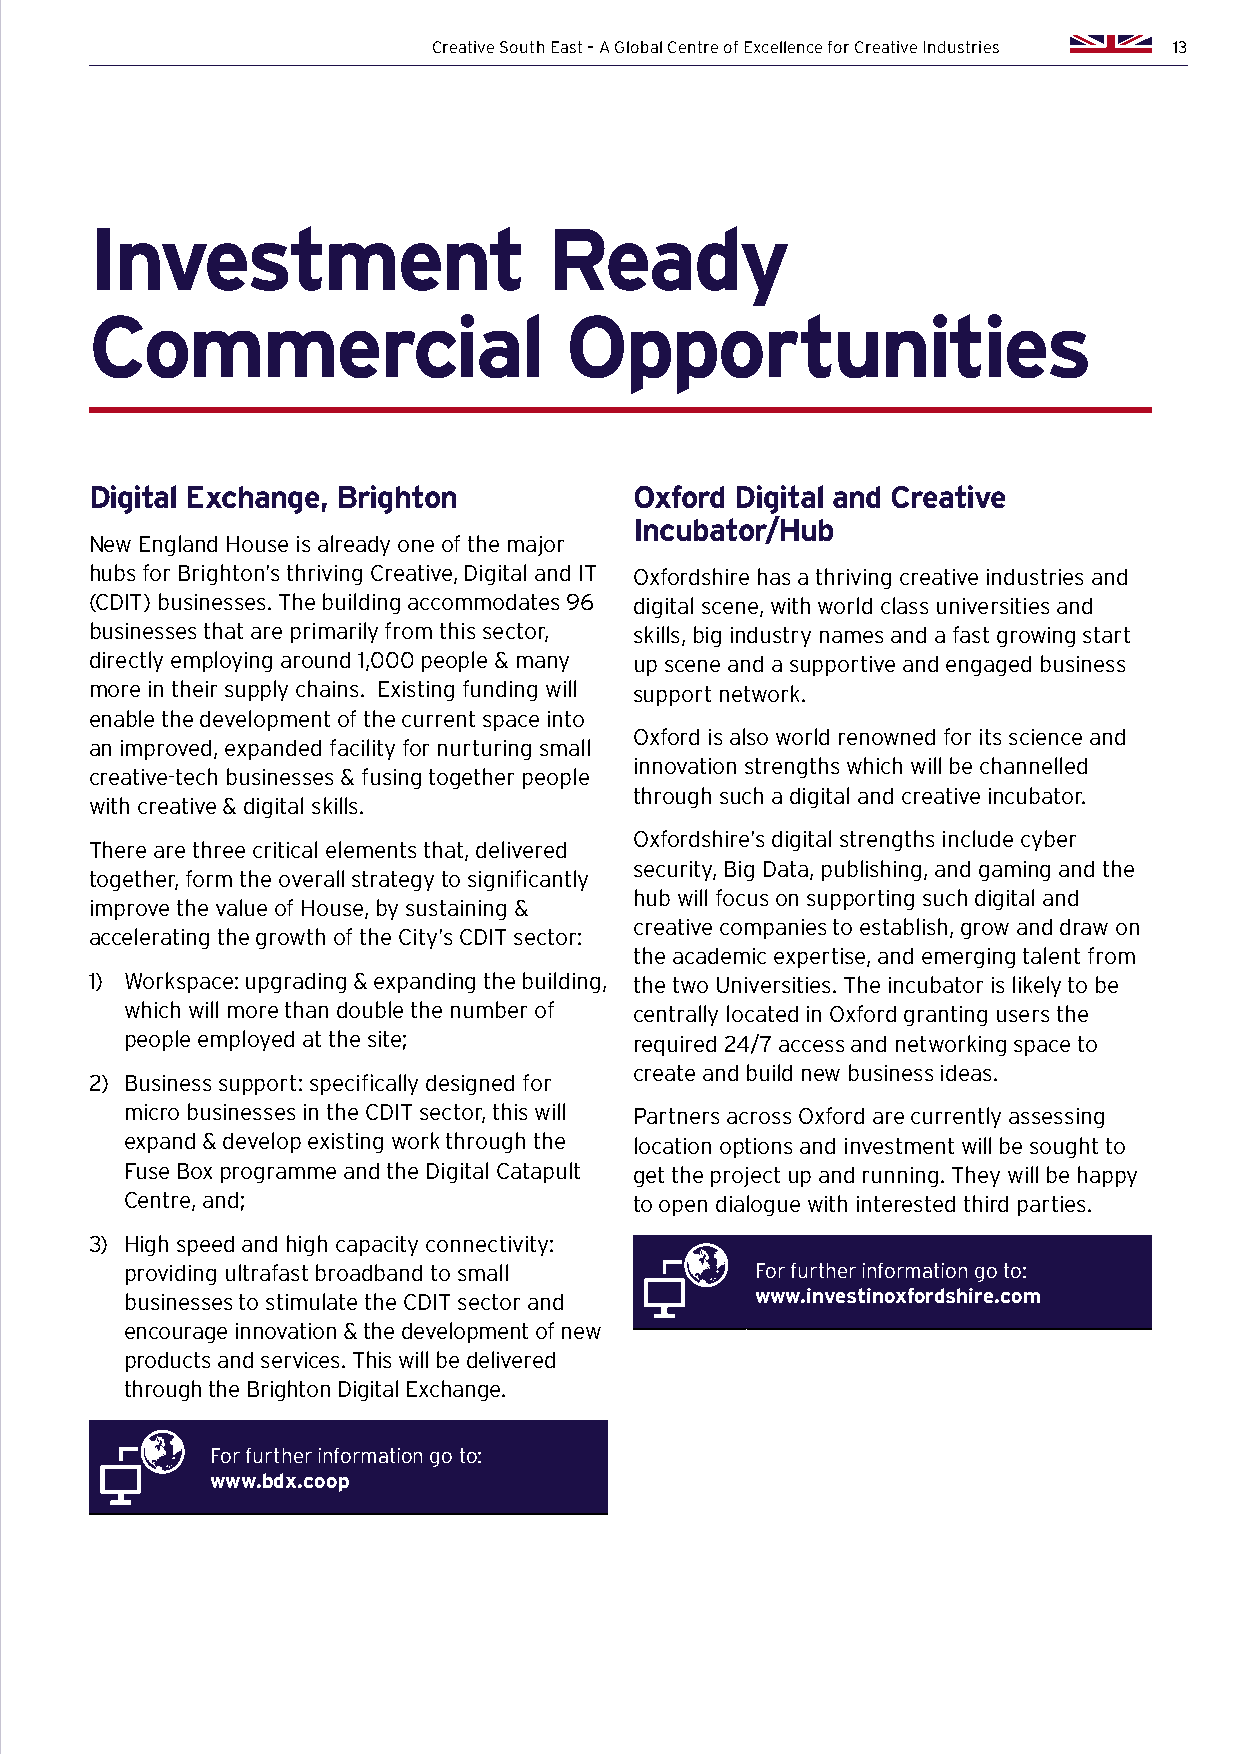
Creative South East – A Global Centre of Excellence for Creative Industries 13
 Investment                    Ready
 Commercial                     Opportunities
 Digital Exchange, Brighton          Oxford Digital and Creative
 Incubator/Hub
 New England House is already one of the major
 hubs for Brighton’s thriving Creative, Digital and IT Oxfordshire has a thriving creative industries and
 (CDIT) businesses. The building accommodates 96 digital scene, with world class universities and
 businesses that are primarily from this sector, skills, big industry names and a fast growing start
 directly employing around 1,000 people & many up scene and a supportive and engaged business
 more in their supply chains. Existing funding will support network.
 enable the development of the current space into
 Oxford is also world renowned for its science and
 an improved, expanded facility for nurturing small
 innovation strengths which will be channelled
 creative-tech businesses & fusing together people
 through such a digital and creative incubator.
 with creative & digital skills.
 Oxfordshire’s digital strengths include cyber
 There are three critical elements that, delivered
 security, Big Data, publishing, and gaming and the
 together, form the overall strategy to significantly
 hub will focus on supporting such digital and
 improve the value of House, by sustaining &
 creative companies to establish, grow and draw on
 accelerating the growth of the City’s CDIT sector:
 the academic expertise, and emerging talent from
 1) Workspace: upgrading & expanding the building, the two Universities. The incubator is likely to be
 which will more than double the number of centrally located in Oxford granting users the
 people employed at the site;      required 24/7 access and networking space to
 create and build new business ideas.
 2) Business support: specifically designed for
 micro businesses in the CDIT sector, this will Partners across Oxford are currently assessing
 expand & develop existing work through the location options and investment will be sought to
 Fuse Box programme and the Digital Catapult get the project up and running. They will be happy
 Centre, and;                      to open dialogue with interested third parties.
 3) High speed and high capacity connectivity:
 providing ultrafast broadband to small    For further information go to:
 businesses to stimulate the CDIT sector and www.investinoxfordshire.com
 encourage innovation & the development of new
 products and services. This will be delivered
 through the Brighton Digital Exchange.
 For further information go to:
 www.bdx.coop